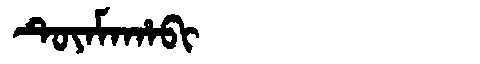
Manchu: ᡨᡠᠶᠠᠮᠠᡥᠠᠪᡳ
Romanization: TUYAMAHABI